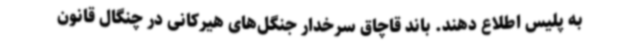
به پلیس اطلاع دهند. باند قاچاق سرخدار جنگل‌های هیرکانی در چنگال قانون